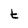
Character: t